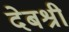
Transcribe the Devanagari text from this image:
देबश्री